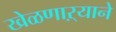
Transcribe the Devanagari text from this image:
खेळणाऱ्याने